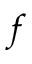
f